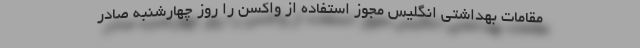
مقامات بهداشتی انگلیس مجوز استفاده از واکسن را روز چهارشنبه صادر